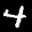
Label: 4